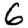
Digit: 6